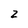
Character: 2